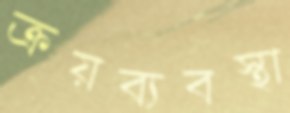
ক্রয়ব্যবস্থা